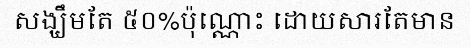
សង្ឃឹមតែ ៥០%ប៉ុណ្ណោះ ដោយសារតែមាន